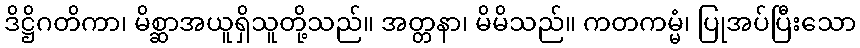
ဒိဋ္ဌိဂတိကာ၊ မိစ္ဆာအယူရှိသူတို့သည်။ အတ္တနာ၊ မိမိသည်။ ကတကမ္မံ၊ ပြုအပ်ပြီးသော